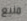
منيع